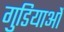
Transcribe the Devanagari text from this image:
गुडियाओं